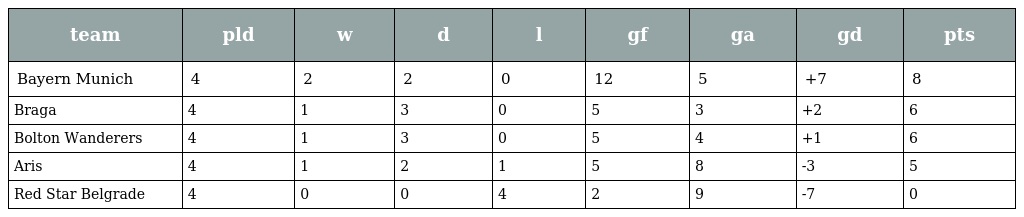
| team | pld | w | d | l | gf | ga | gd | pts |
 | --- | --- | --- | --- | --- | --- | --- | --- | --- |
 | Bayern Munich | 4 | 2 | 2 | 0 | 12 | 5 | +7 | 8 |
 | Braga | 4 | 1 | 3 | 0 | 5 | 3 | +2 | 6 |
 | Bolton Wanderers | 4 | 1 | 3 | 0 | 5 | 4 | +1 | 6 |
 | Aris | 4 | 1 | 2 | 1 | 5 | 8 | -3 | 5 |
 | Red Star Belgrade | 4 | 0 | 0 | 4 | 2 | 9 | -7 | 0 |